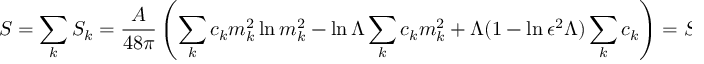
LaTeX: S = \sum _ { k } S _ { k } = { \frac { \cal A } { 4 8 \pi } } \left( \sum _ { k } c _ { k } m _ { k } ^ { 2 } \ln m _ { k } ^ { 2 } - \ln \Lambda \sum _ { k } c _ { k } m _ { k } ^ { 2 } + \Lambda ( 1 - \ln \epsilon ^ { 2 } \Lambda ) \sum _ { k } c _ { k } \right) = S ^ { B H } ~ .